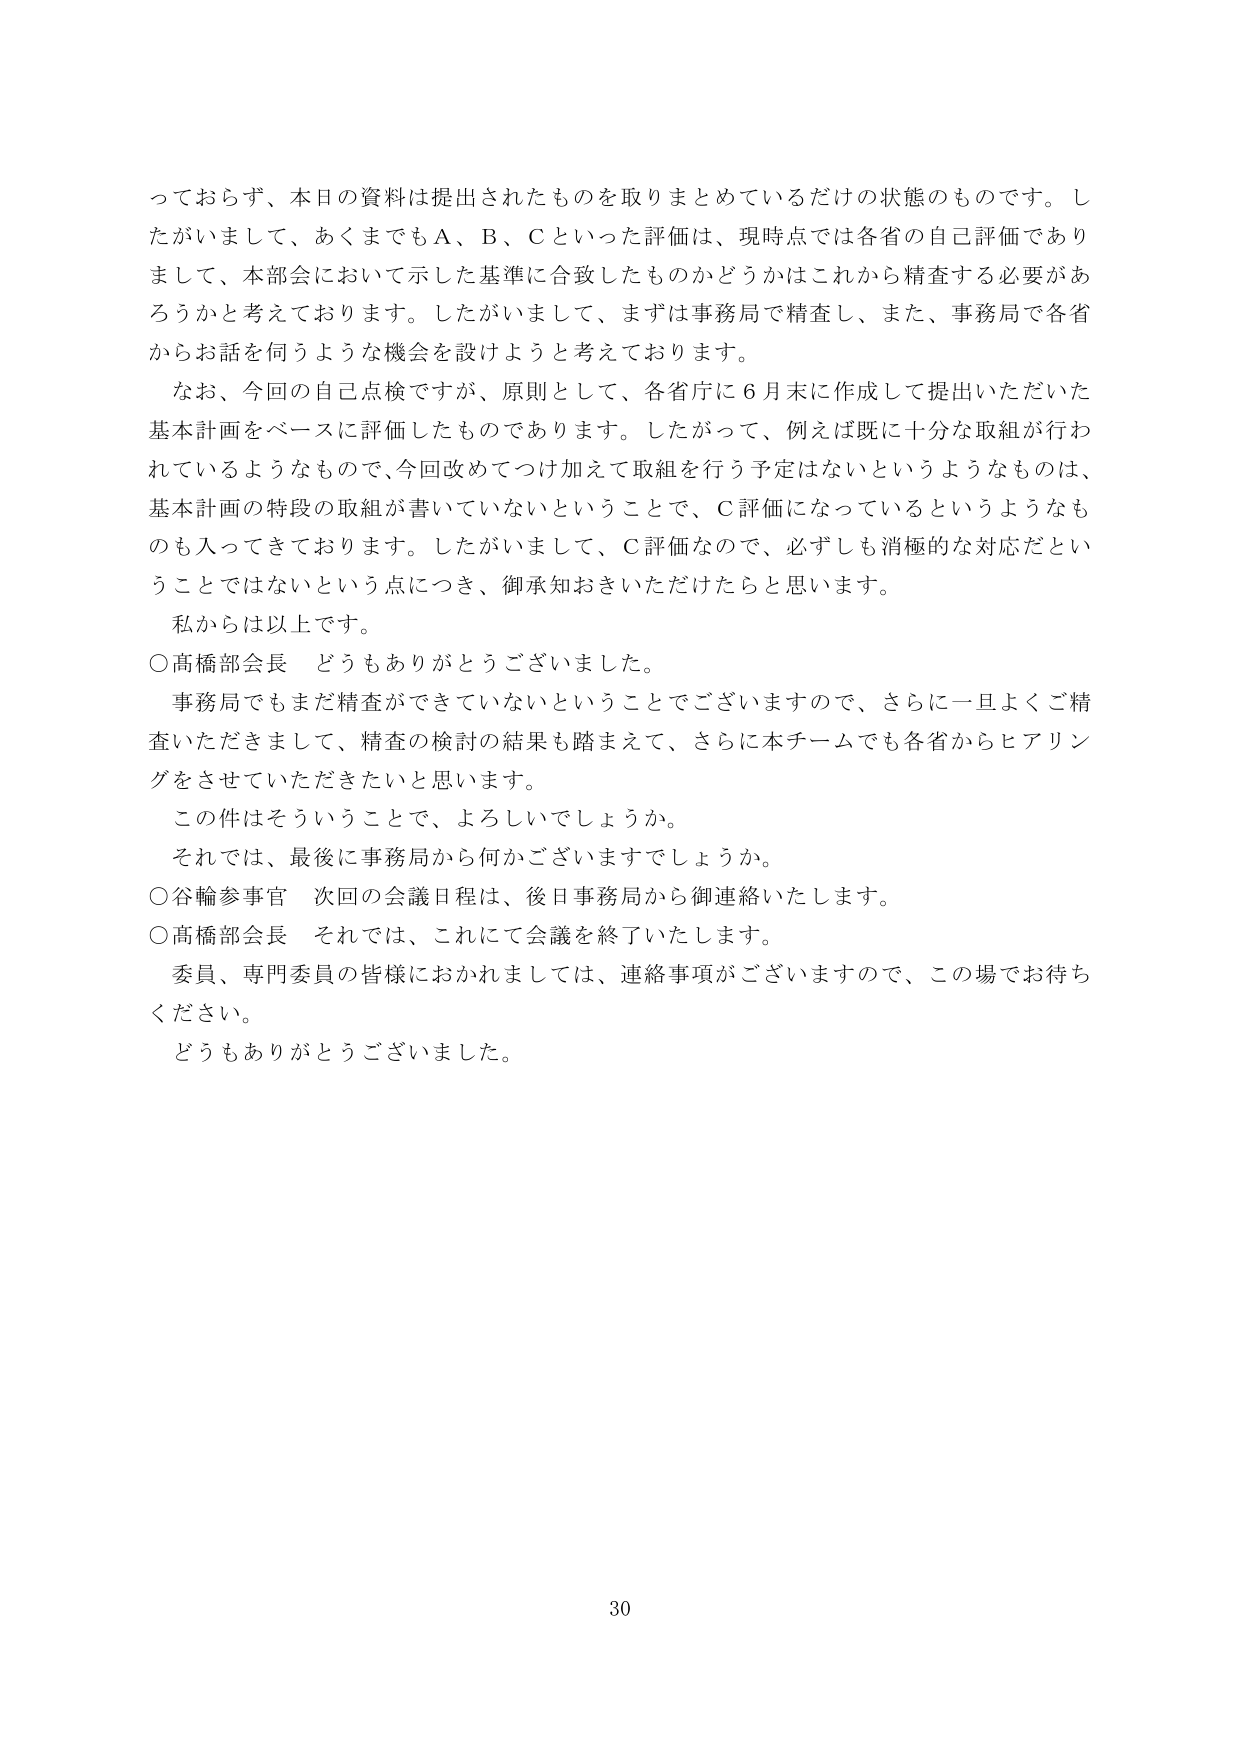
っておらず、本日の資料は提出されたものを取りまとめているだけの状態のものです。したがいまして、あくまでもＡ、Ｂ、Ｃといった評価は、現時点では各省の自己評価でありまして、本部会において示した基準に合致したものかどうかはこれから精査する必要があろうかと考えております。したがいまして、まずは事務局で精査し、また、事務局で各省からお話を伺うような機会を設けようと考えております。

なお、今回の自己点検ですが、原則として、各省庁に６月末に作成して提出いただいた基本計画をベースに評価したものであります。したがって、例えば既に十分な取組が行われているようなもので、今回改めてつけ加えて取組を行う予定はないというようなものは、基本計画の特段の取組が書いていないということで、Ｃ評価になっているというようなものも入ってきております。したがいまして、Ｃ評価なので、必ずしも消極的な対応だということではないという点につき、御承知おきいただけたらと思います。

私からは以上です。

○高橋部会長　どうもありがとうございました。

事務局でもまだ精査ができていないということでございますので、さらに一旦よくご精査いただきまして、精査の検討の結果も踏まえて、さらに本チームでも各省からヒアリングをさせていただきたいと思います。

この件はそういうことで、よろしいでしょうか。

それでは、最後に事務局から何かございますでしょうか。

○谷輪参事官　次回の会議日程は、後日事務局から御連絡いたします。

○高橋部会長　それでは、これにて会議を終了いたします。

委員、専門委員の皆様におかれましては、連絡事項がございますので、この場でお待ちください。

どうもありがとうございました。

30